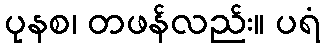
ပုနစ၊ တဖန်လည်း။ ပရံ